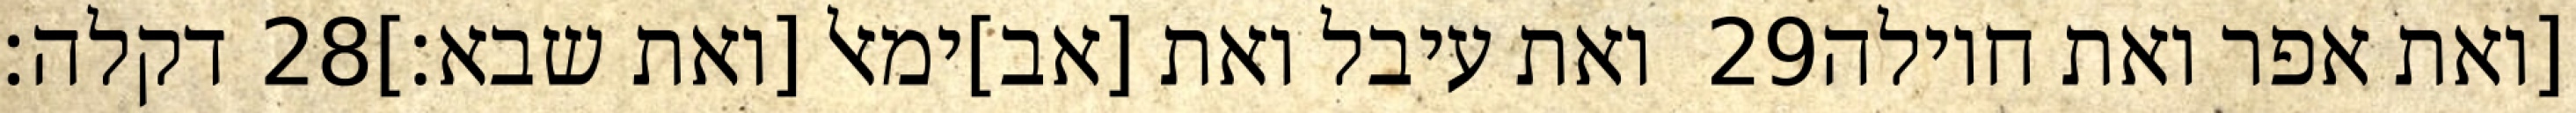
דקלה׃ ‎28‏ ואת עיבל ואת [אב]ימאל [ואת שבא׃] ‎29‏ [ואת אפר ואת חוילה